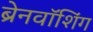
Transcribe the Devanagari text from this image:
ब्रेनवॉशिंग